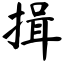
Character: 揖